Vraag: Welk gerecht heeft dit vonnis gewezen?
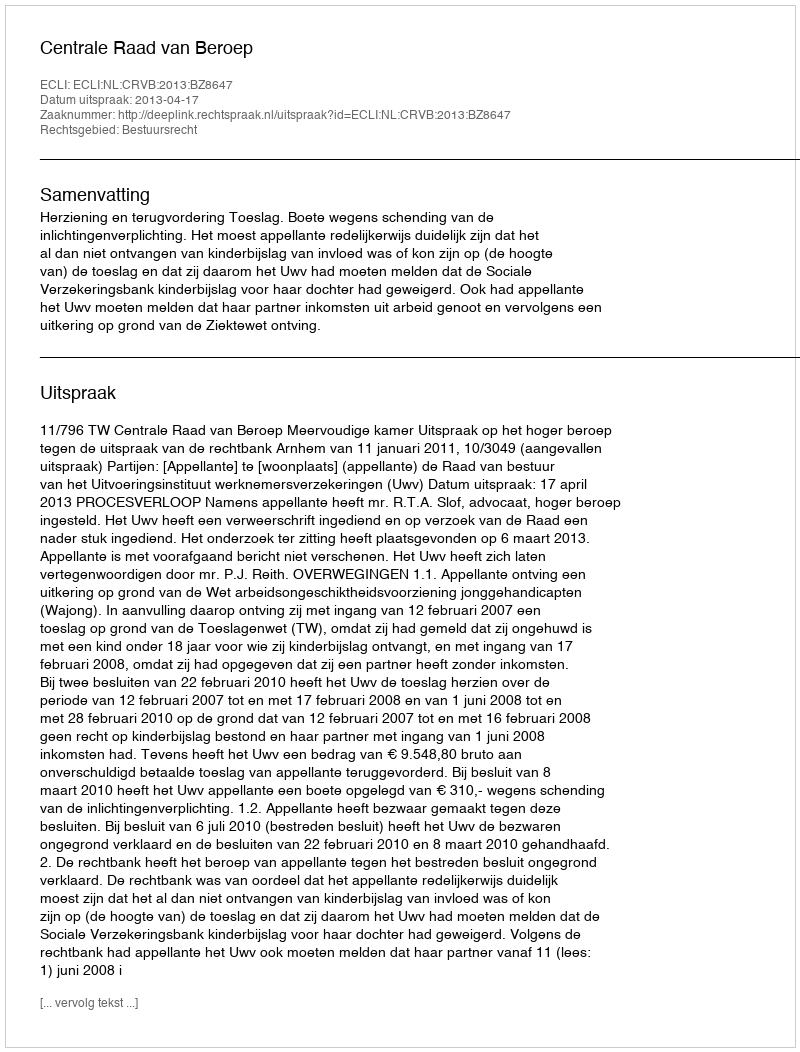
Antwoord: Centrale Raad van Beroep